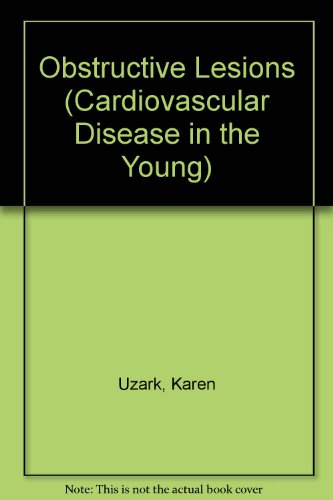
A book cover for Obstructive Lesions: Pulmonic Stenosis, Aortic Stenosis, Coarctation of the Aorta (Cardiovascular Disease in the Young: Nursing Intervention, Un); Karen Uzark; Medical Books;